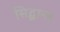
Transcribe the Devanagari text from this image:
सिद्घान्त